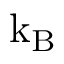
\mathrm { k _ { B } }